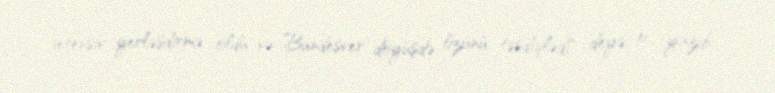
intensiv yerləşdirmə oldu və Bundesver döyüşdə özünü təsdiqlədi" deyə, o yazıb.